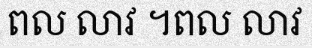
ពល លាវ ។ពល លាវ